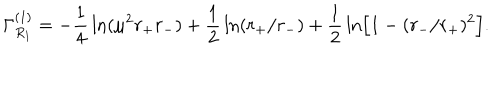
\Gamma _ { R _ { 1 } } ^ { ( 1 ) } = - { \frac { 1 } { 4 } } \ln ( \mu ^ { 2 } r _ { + } r _ { - } ) + { \frac { 1 } { 2 } } \ln ( r _ { + } / r _ { - } ) + { \frac { 1 } { 2 } } \ln \Bigr [ 1 - ( r _ { - } / r _ { + } ) ^ { 2 } \Bigr ] .